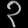
Digit: ၃